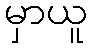
မှာယူ